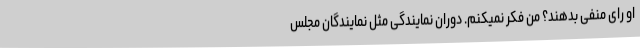
او رای منفی بدهند؟ من فکر نمیکنم. دوران نمایندگی مثل نمایندگان مجلس